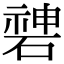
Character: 𥔻